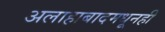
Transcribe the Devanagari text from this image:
अलाहाबादमधूनही